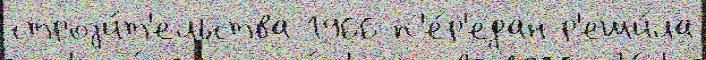
строjи́т'ельства 1966 п'е́р'едан р'еши́ла